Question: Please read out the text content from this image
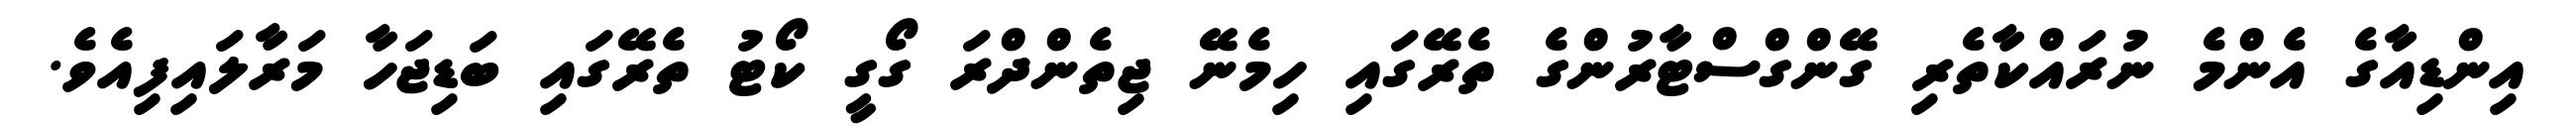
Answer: އިންޑިއާގެ އެންމެ ނުރައްކާތެރި ގޭންގްސްޓާރުންގެ ތެރޭގައި ހިމެނޭ ޖިތެންދްރަ ގޯގީ ކޯޓު ތެރޭގައި ބަޑިޖަހާ މަރާލައިފިއެވެ.